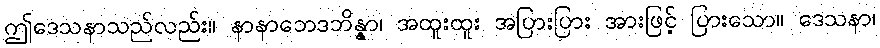
ဤဒေသနာသည်လည်း။ နာနာဘေဒဘိန္နာ၊ အထူးထူး အပြားပြား အားဖြင့် ပြားသော။ ဒေသနာ၊